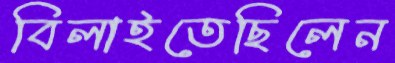
বিলাইতেছিলেন